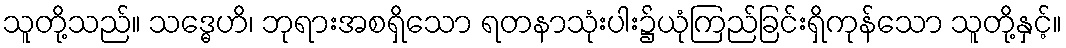
သူတို့သည်။ သဒ္ဓေဟိ၊ ဘုရားအစရှိသော ရတနာသုံးပါး၌ယုံကြည်ခြင်းရှိကုန်သော သူတို့နှင့်။